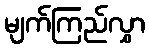
မျက်ကြည်လွှာ